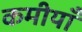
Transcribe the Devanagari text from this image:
कमीयाँ